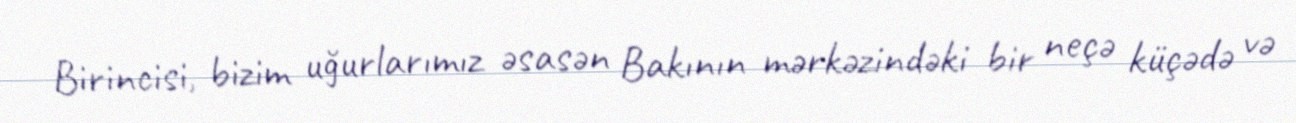
Birincisi, bizim uğurlarımız əsasən Bakının mərkəzindəki bir neçə küçədə və